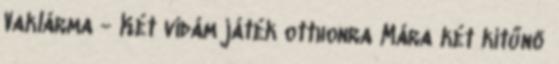
Vaklárma - Két vidám játék otthonra Mára két kitűnő